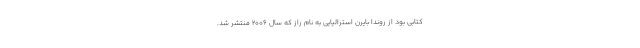
کتابی بود از روندا بایرن استرالیایی به نام راز که سال ۲۰۰۶ منتشر شد.